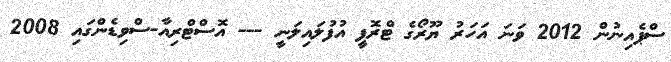
ސްޕެއިނުން 2012 ވަނަ އަހަރު ޔޫރޯގެ ޓްރޮފީ އުފުލައިލަނީ --- އޮސްޓްރިއާ-ސްވިޑެންގައި 2008